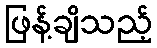
ဖြန့်ချိသည့်